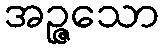
အဉ္ဇသော